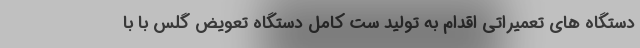
دستگاه های تعمیراتی اقدام به تولید ست کامل دستگاه تعویض گلس با با